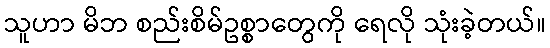
သူဟာ မိဘ စည်းစိမ်ဥစ္စာတွေကို ရေလို သုံးခဲ့တယ်။